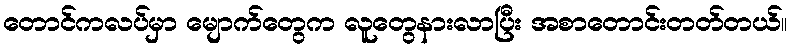
တောင်ကလပ်မှာ မျောက်တွေက လူတွေနားလာပြီး အစာတောင်းတတ်တယ်။